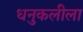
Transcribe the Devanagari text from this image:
धनुकलीला